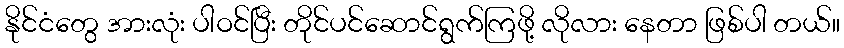
နိုင်ငံတွေ အားလုံး ပါဝင်ပြီး တိုင်ပင်ဆောင်ရွက်ကြဖို့ လိုလား နေတာ ဖြစ်ပါ တယ်။